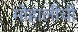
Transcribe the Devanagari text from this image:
मोहालीची